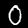
Label: 0